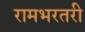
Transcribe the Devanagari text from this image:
रामभरतरी